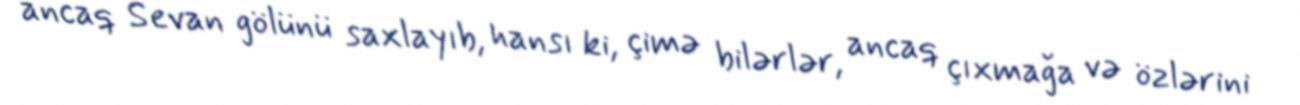
ancaq Sevan gölünü saxlayıb, hansı ki, çimə bilərlər, ancaq çıxmağa və özlərini